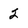
Character: 2